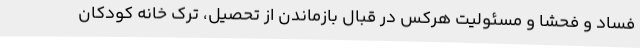
فساد و فحشا و مسئولیت هرکس در قبال بازماندن از تحصیل، ترک خانه کودکان